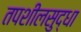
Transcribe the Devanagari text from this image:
तपशीलसुद्धा